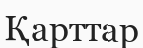
Қарттар